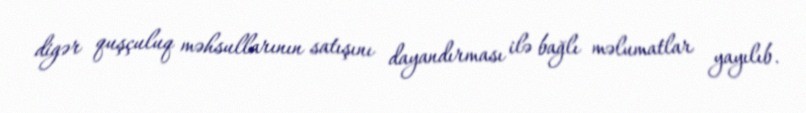
digər quşçuluq məhsullarının satışını dayandırması ilə bağlı məlumatlar yayılıb.